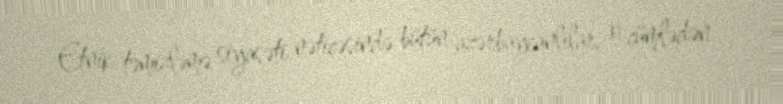
Etnik təmizləmə siyasəti nəticəsində bütün azərbaycanlılar, o cümlədən